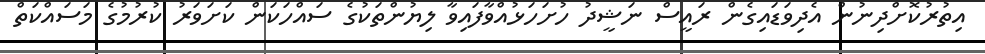
އިތުރުކޮށްދިނުން އެދިވަޑައިގެން ރައީސް ނަޝީދު ހުށަހަޅުއްވާފައިވާ ލިޔުންތަކުގެ ސައްހަކަން ކަށަވަރު ކުރުމުގެ މަސައްކަތް